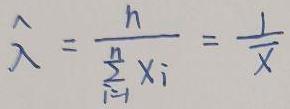
$\hat{\lambda}=\frac{n}{\sum_{i = 1}^{n}x_{i}}=\frac{1}{\bar{X}}$